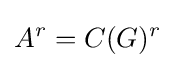
A^{r}=C(G)^{r}